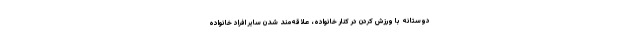
دوستانه با ورزش کردن در کنار خانواده، علاقه‌مند شدن سایر افراد خانواده